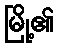
မြို့၏